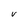
Character: v